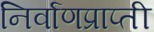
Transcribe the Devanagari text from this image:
निर्वाणप्राप्ती